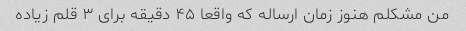
من مشکلم هنوز زمان ارساله که واقعا ۴۵ دقیقه برای ۳ قلم زیاده